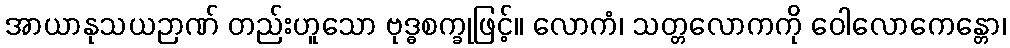
အာယာနုသယဉာဏ် တည်းဟူသော ဗုဒ္ဓစက္ခုဖြင့်။ လောကံ၊ သတ္တလောကကို ဝေါလောကေန္တော၊